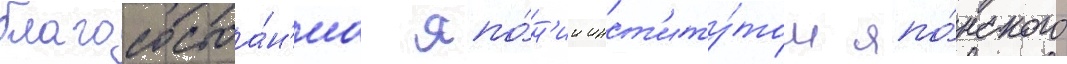
благосостоа́н'иа япо́н'ии инст'иту́том япо́нского